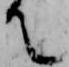
て